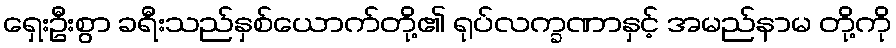
ရှေးဦးစွာ ခရီးသည်နှစ်ယောက်တို့၏ ရုပ်လက္ခဏာနှင့် အမည်နာမ တို့ကို